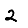
Digit: 2